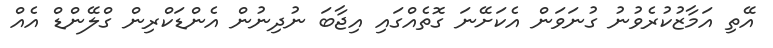
އޭތި އަމާޒުކުރެވުނު ގުނަވަން އެކަށޭނަ ގޮތެއްގައި އިޖާބަ ނުދިނުން އެންޑަކްރިން ގްލޭންޑް އެއް